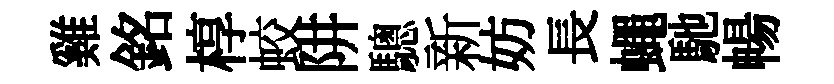
雞銘椁蛟阱驄新妨長蠅馳暢